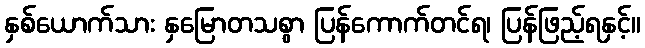
နှစ်ယောက်သား နှမြောတသစွာ ပြန်ကောက်တင်ရ၊ ပြန်ဖြည့်ရနှင့်။